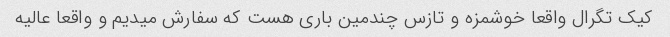
کیک تگرال واقعا خوشمزه و تازس چندمین باری هست که سفارش میدیم و واقعا عالیه